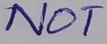
Text: NOT